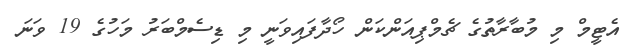
އެޓީމް މި މުބާރާތުގެ ޗެމްޕިއަންކަން ހޯދާފައިވަނީ މި ޑިސެމްބަރު މަހުގެ 19 ވަނަ